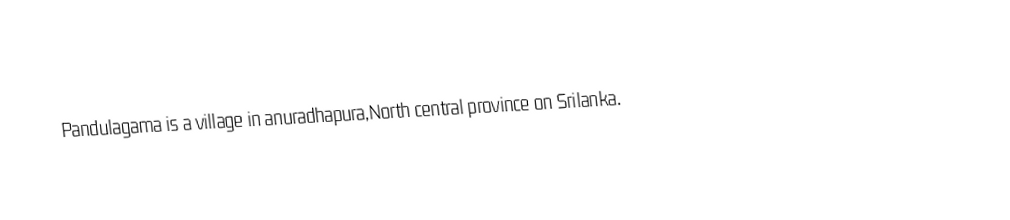
Pandulagama is a village  in anuradhapura,North central province on Srilanka.